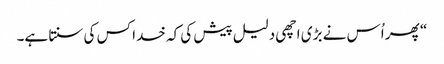
‏“‏ پھر اُس نے بڑی اچھی دلیل پیش کی کہ خدا کس کی سنتا ہے۔